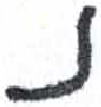
אות: נ